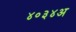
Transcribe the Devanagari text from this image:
४०३४अ